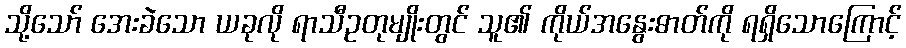
သို့သော် အေးခဲသော ယခုလို ရာသီဥတုမျိုးတွင် သူ၏ ကိုယ်အနွေးဓာတ်ကို ရရှိသောကြောင့်